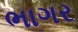
ભાગર